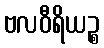
ဗလဝီရိယဉ္စ